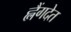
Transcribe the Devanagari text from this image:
ह्लैंगदेत